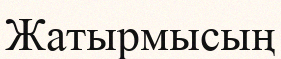
Жатырмысың